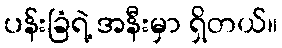
ပန်းခြံရဲ့ အနီးမှာ ရှိတယ်။